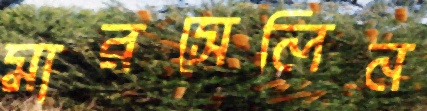
মারসেলিন